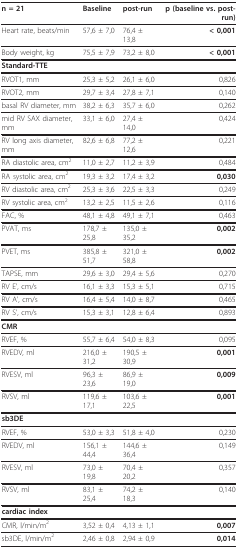
<table><thead><tr><td><b>n = 21</b></td><td><b>Baseline</b></td><td><b>post-run</b></td><td><b>p (baseline vs. post-run)</b></td></tr></thead><tbody><tr><td>Heart rate, beats/min</td><td>57,6 ± 7,0</td><td>76,4 ± 13,8</td><td><b>&lt; 0,001</b></td></tr><tr><td>Body weight, kg</td><td>75,5 ± 7,9</td><td>73,2 ± 8,0</td><td><b>&lt; 0,001</b></td></tr><tr><td><b>Standard-TTE</b></td><td></td><td></td><td></td></tr><tr><td>RVOT1, mm</td><td>25,3 ± 5,2</td><td>26,1 ± 6,0</td><td>0,826</td></tr><tr><td>RVOT2, mm</td><td>29,7 ± 3,4</td><td>27,8 ± 7,1</td><td>0,140</td></tr><tr><td>basal RV diameter, mm</td><td>38,2 ± 6,3</td><td>35,7 ± 6,0</td><td>0,262</td></tr><tr><td>mid RV SAX diameter, mm</td><td>33,1 ± 6,0</td><td>27,4 ± 14,0</td><td>0,424</td></tr><tr><td>RV long axis diameter, mm</td><td>82,6 ± 6,8</td><td>77,2 ± 12,6</td><td>0,221</td></tr><tr><td>RA diastolic area, cm<sup>2</sup></td><td>11,0 ± 2,7</td><td>11,2 ± 3,9</td><td>0,484</td></tr><tr><td>RA systolic area, cm<sup>2</sup></td><td>19,3 ± 3,2</td><td>17,4 ± 3,2</td><td><b>0,030</b></td></tr><tr><td>RV diastolic area, cm<sup>2</sup></td><td>25,3 ± 3,6</td><td>22,5 ± 3,3</td><td>0,249</td></tr><tr><td>RV systolic area, cm<sup>2</sup></td><td>13,2 ± 2,5</td><td>11,5 ± 2,6</td><td>0,116</td></tr><tr><td>FAC, %</td><td>48,1 ± 4,8</td><td>49,1 ± 7,1</td><td>0,463</td></tr><tr><td>PVAT, ms</td><td>178,7 ± 25,8</td><td>135,0 ± 35,2</td><td><b>0,002</b></td></tr><tr><td>PVET, ms</td><td>385,8 ± 51,7</td><td>321,0 ± 58,8</td><td><b>0,002</b></td></tr><tr><td>TAPSE, mm</td><td>29,6 ± 3,0</td><td>29,4 ± 5,6</td><td>0,270</td></tr><tr><td>RV E&#x27;, cm/s</td><td>16,1 ± 3,3</td><td>15,3 ± 5,1</td><td>0,715</td></tr><tr><td>RV A&#x27;, cm/s</td><td>16,4 ± 5,4</td><td>14,0 ± 8,7</td><td>0,465</td></tr><tr><td>RV S&#x27;, cm/s</td><td>15,3 ± 3,1</td><td>12,8 ± 6,4</td><td>0,893</td></tr><tr><td><b>CMR</b></td><td></td><td></td><td></td></tr><tr><td>RVEF, %</td><td>55,7 ± 6,4</td><td>54,0 ± 8,3</td><td>0,095</td></tr><tr><td>RVEDV, ml</td><td>216,0 ± 31,2</td><td>190,5 ± 30,9</td><td><b>0,001</b></td></tr><tr><td>RVESV, ml</td><td>96,3 ± 23,6</td><td>86,9 ± 19,0</td><td><b>0,009</b></td></tr><tr><td>RVSV, ml</td><td>119,6 ± 17,1</td><td>103,6 ± 22,5</td><td><b>0,001</b></td></tr><tr><td><b>sb3DE</b></td><td></td><td></td><td></td></tr><tr><td>RVEF, %</td><td>53,0 ± 3,3</td><td>51,8 ± 4,0</td><td>0,230</td></tr><tr><td>RVEDV, ml</td><td>156,1 ± 44,4</td><td>144,6 ± 36,4</td><td>0,149</td></tr><tr><td>RVESV, ml</td><td>73,0 ± 19,8</td><td>70,4 ± 20,2</td><td>0,357</td></tr><tr><td>RVSV, ml</td><td>83,1 ± 25,4</td><td>74,2 ± 18,3</td><td>0,140</td></tr><tr><td><b>cardiac index</b></td><td></td><td></td><td></td></tr><tr><td>CMR, l/min/m<sup>2</sup></td><td>3,52 ± 0,4</td><td>4,13 ± 1,1</td><td><b>0,007</b></td></tr><tr><td>sb3DE, l/min/m<sup>2</sup></td><td>2,46 ± 0,8</td><td>2,94 ± 0,9</td><td><b>0,014</b></td></tr></tbody></table>